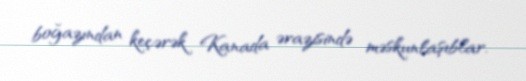
boğazından keçərək Kanada ərazisində məskunlaşıblar.